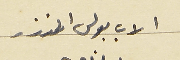
الاب بولس المنذر